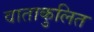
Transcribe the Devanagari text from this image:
वाताकुलित